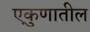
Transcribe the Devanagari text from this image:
एकुणातील